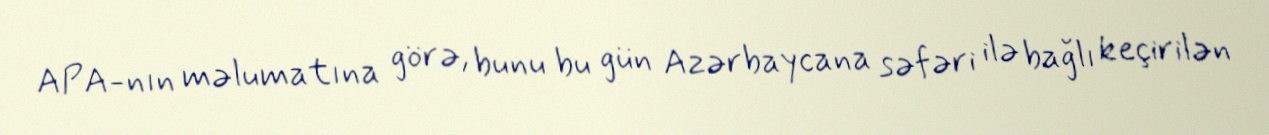
APA-nın məlumatına görə, bunu bu gün Azərbaycana səfəri ilə bağlı keçirilən